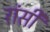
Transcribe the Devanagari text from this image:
रांसी